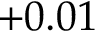
+ 0 . 0 1